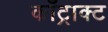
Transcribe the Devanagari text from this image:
काँट्राक्ट